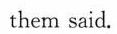
them said.